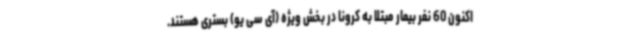
اکنون 60 نفر بیمار مبتلا به کرونا در بخش ویژه (آی سی یو) بستری هستند.